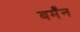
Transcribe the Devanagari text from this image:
बर्मॅन